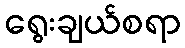
ရွေးချယ်စရာ